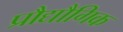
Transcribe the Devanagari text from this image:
प्रौद्यौगिक